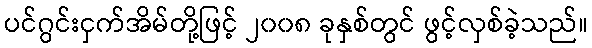
ပင်ဂွင်းငှက်အိမ်တို့ဖြင့် ၂၀၀၈ ခုနှစ်တွင် ဖွင့်လှစ်ခဲ့သည်။